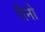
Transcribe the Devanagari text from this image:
रीनो